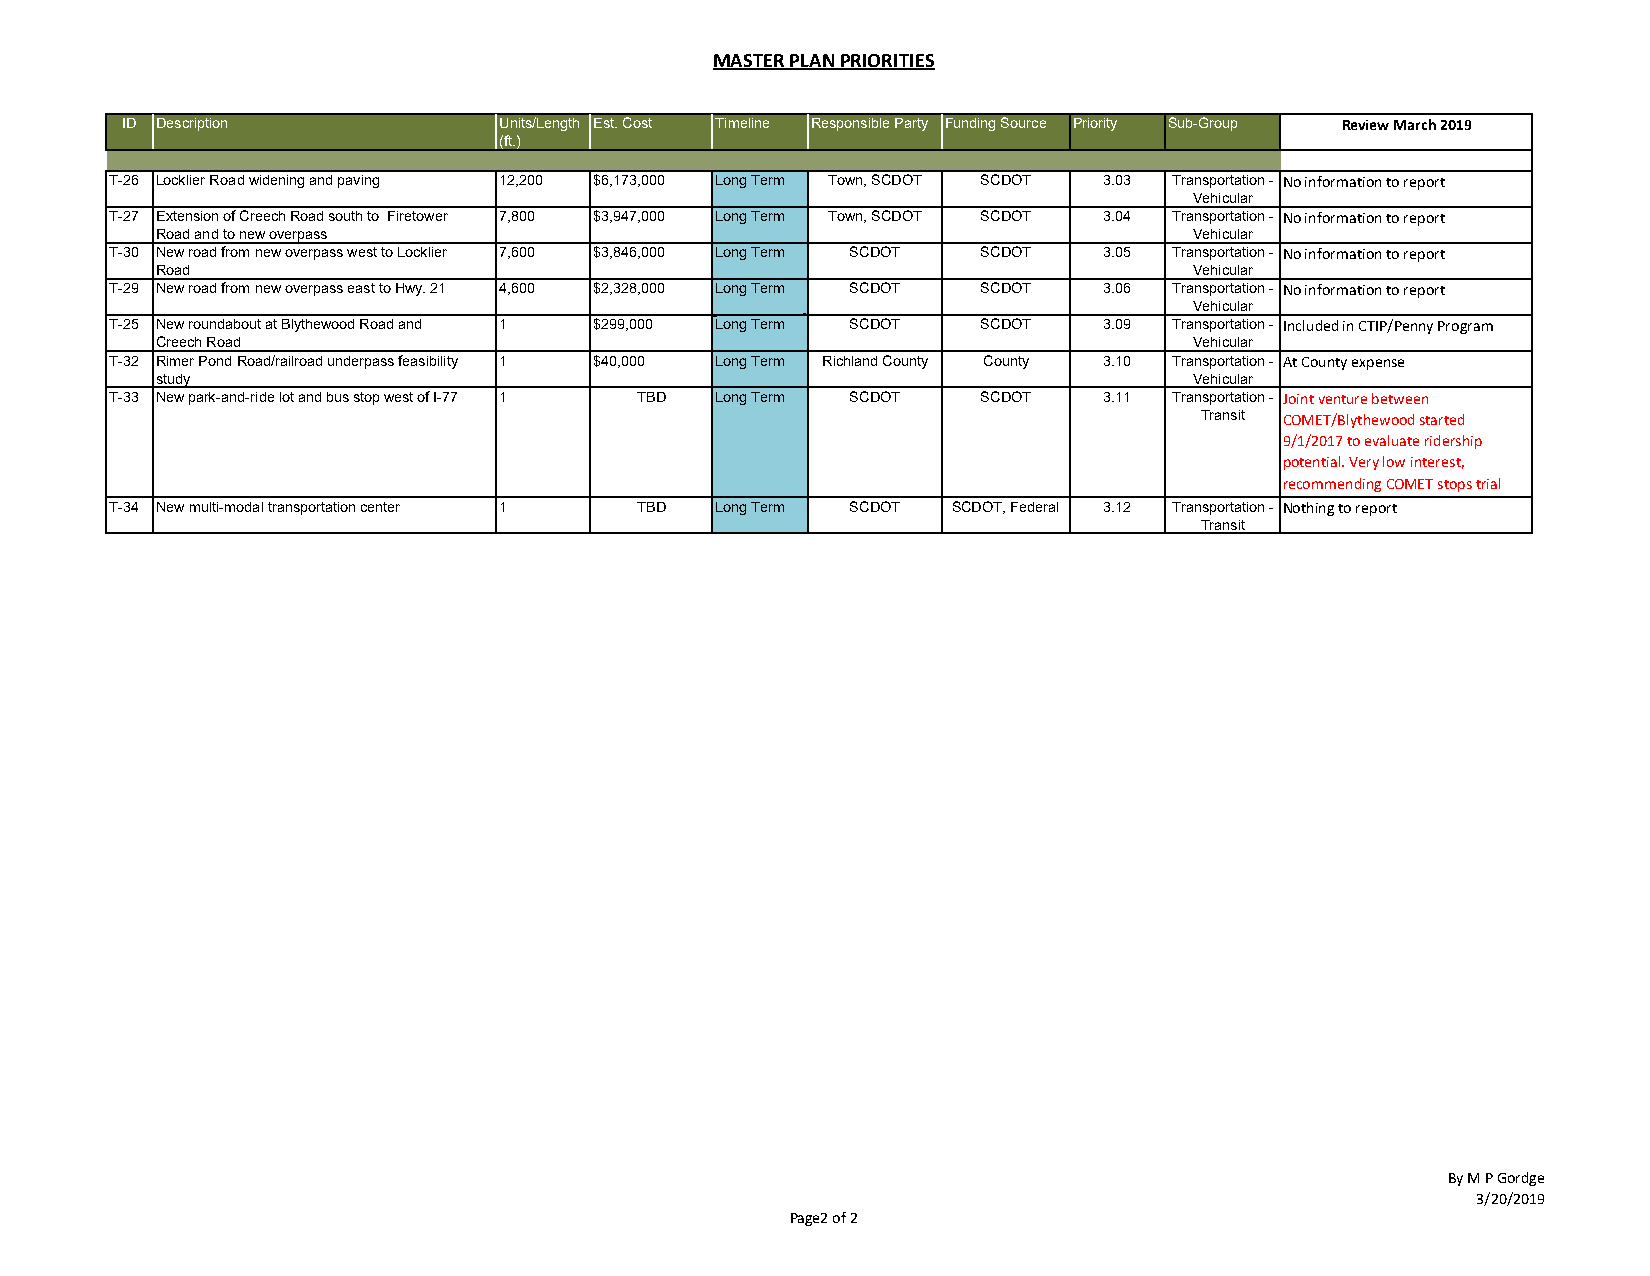
MASTER PLAN PRIORITIES
 ID Description           Units/Length Est. Cost Timeline Responsible Party Funding Source Priority Sub-Group Review March 2019
 (ft.)
 T-26 Locklier Road widening and paving 12,200 $6,173,000 Long Term Town, SCDOT SCDOT 3.03 Transportation - No information to report
 Vehicular
 T-27 Extension of Creech Road south to Firetower 7,800 $3,947,000 Long Term Town, SCDOT SCDOT 3.04 Transportation - No information to report
 Road and to new overpass                                             Vehicular
 T-30 New road from new overpass west to Locklier 7,600 $3,846,000 Long Term SCDOT SCDOT 3.05 Transportation - No information to report
 Road                                                                 Vehicular
 T-29 New road from new overpass east to Hwy. 21 4,600 $2,328,000 Long Term SCDOT SCDOT 3.06 Transportation - No information to report
 Vehicular
 T-25 New roundabout at Blythewood Road and 1 $299,000 Long Term SCDOT SCDOT 3.09 Transportation - Included in CTIP/Penny Program
 Creech Road                                                          Vehicular
 T-32 Rimer Pond Road/railroad underpass feasibility 1 $40,000 Long Term Richland County County 3.10 Transportation - At County expense
 study                                                                Vehicular
 T-33 New park-and-ride lot and bus stop west of I-77 1 TBD Long Term SCDOT SCDOT 3.11 Transportation - Joint venture between
 Transit COMET/Blythewood started
 9/1/2017 to evaluate ridership
 potential. Very low interest,
 recommending COMET stops trial
 T-34 New multi-modal transportation center 1 TBD Long Term SCDOT SCDOT, Federal 3.12 Transportation - Nothing to report
 Transit
 By M P Gordge
 3/20/2019
 Page2 of 2